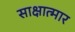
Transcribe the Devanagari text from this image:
साक्षात्मार